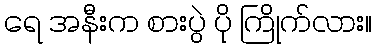
ရေ အနီးက စားပွဲ ပို ကြိုက်လား။